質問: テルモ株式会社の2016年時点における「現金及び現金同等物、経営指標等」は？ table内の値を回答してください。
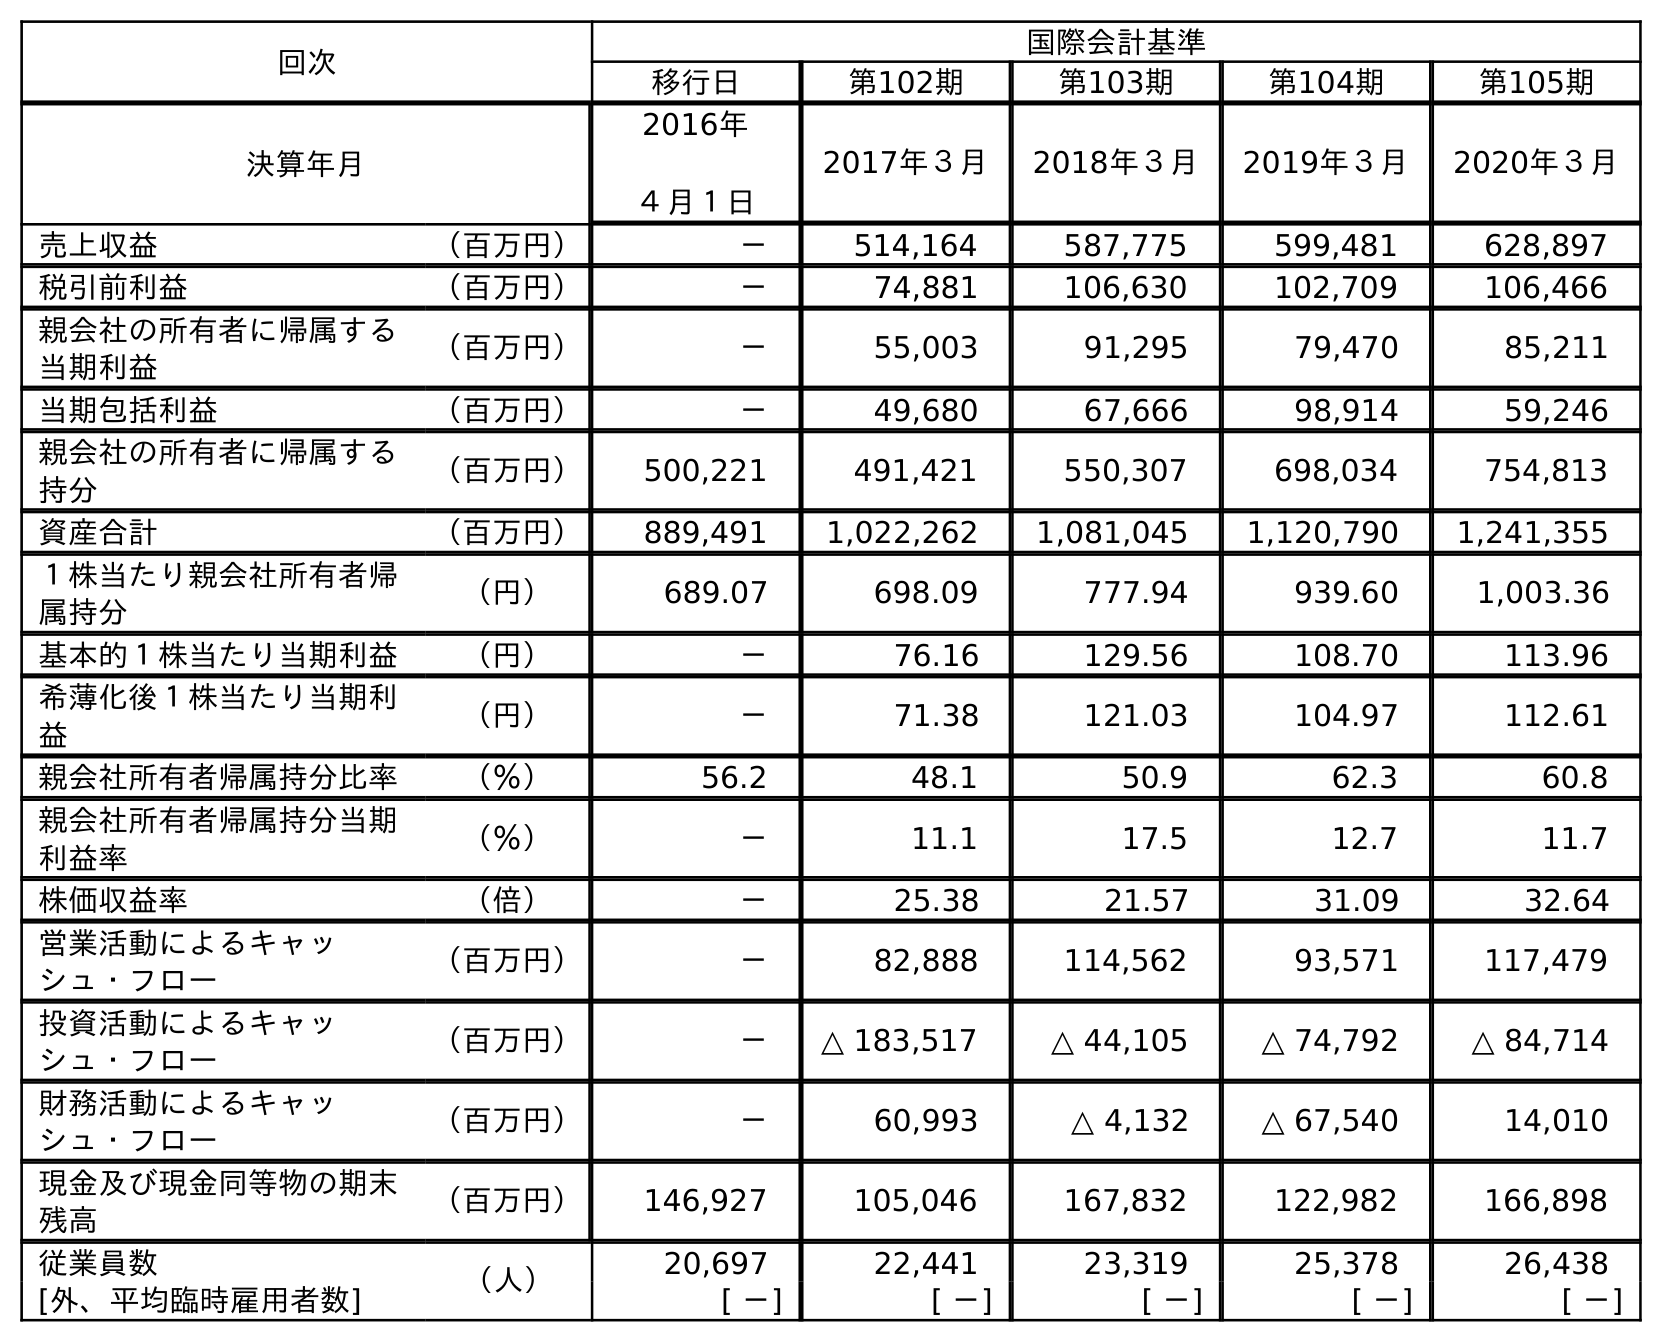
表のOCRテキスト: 回次 国際会計基準 移行日 第102期 第103期 第104期 第105期 決算年月 2016年 ４月１日 2017年３月 2018年３月 2019年３月 2020年３月 売上収益 （百万円） － 514,164 587,775 599,481 628,897 税引前利益 （百万円） － 74,881 106,630 102,709 106,466 親会社の所有者に帰属する 当期利益 （百万円） － 55,003 91,295 79,470 85,211 当期包括利益 （百万円） － 49,680 67,666 98,914 59,246 親会社の所有者に帰属する 持分 （百万円） 500,221 491,421 550,307 698,034 754,813 資産合計 （百万円） 889,491 1,022,262 1,081,045 1,120,790 1,241,355 １株当たり親会社所有者帰 属持分 （円） 689.07 698.09 777.94 939.60 1,003.36 基本的１株当たり当期利益 （円） － 76.16 129.56 108.70 113.96 希薄化後１株当たり当期利 益 （円） － 71.38 121.03 104.97 112.61 親会社所有者帰属持分比率 （％） 56.2 48.1 50.9 62.3 60.8 親会社所有者帰属持分当期 利益率 （％） － 11.1 17.5 12.7 11.7 株価収益率 （倍） － 25.38 21.57 31.09 32.64 営業活動によるキャッ シュ・フロー （百万円） － 82,888 114,562 93,571 117,479 投資活動によるキャッ シュ・フロー （百万円） － △ 183,517 △ 44,105 △ 74,792 △ 84,714 財務活動によるキャッ シュ・フロー （百万円） － 60,993 △ 4,132 △ 67,540 14,010 現金及び現金同等物の期末 残高 （百万円） 146,927 105,046 167,832 122,982 166,898 従業員数 （人） 20,697 22,441 23,319 25,378 26,438 [外、平均臨時雇用者数] [ －] [ －] [ －] [ －] [ －]
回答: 146,927